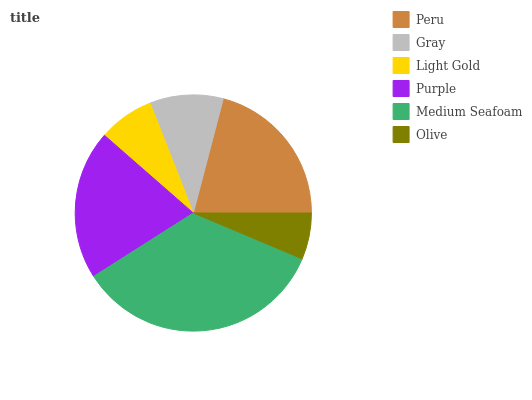
| Peru | Gray | Light Gold | Purple | Medium Seafoam | Olive |
 | --- | --- | --- | --- | --- | --- |
 | 20.9% | 10.1% | 7.62% | 20.4% | 34.7% | 6.34% |